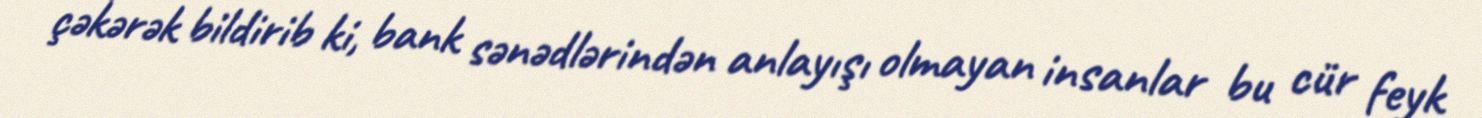
çəkərək bildirib ki, bank sənədlərindən anlayışı olmayan insanlar bu cür feyk